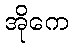
အိုကေ